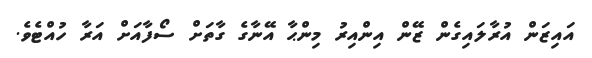
އައިޒަން އުރާލައިގެން ޒޭން އިންއިރު މިންޙާ އޭނާގެ ގާތަށް ސޯފާއަށް އަރާ ހުއްޓެވެ.